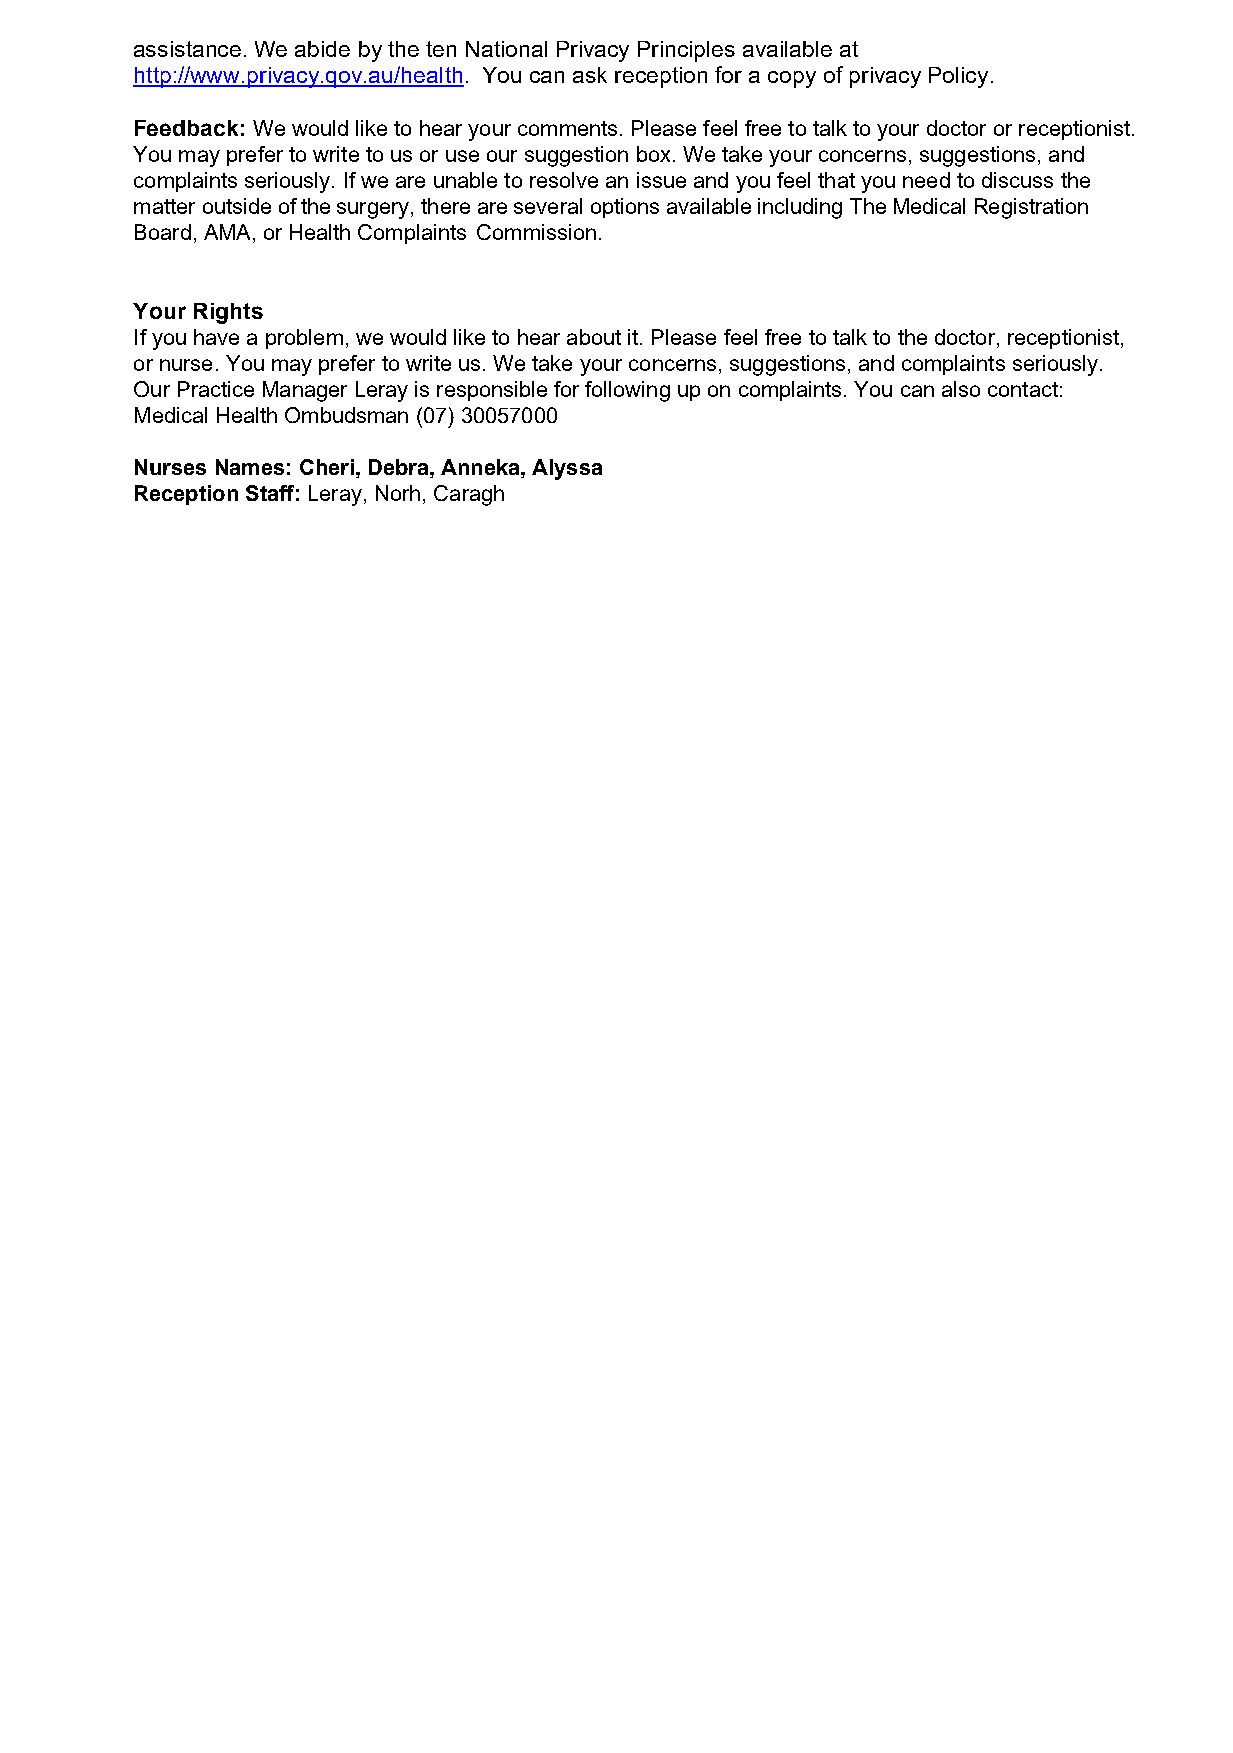
assistance. We abide by the ten National Privacy Principles available at
 http://www.privacy.qov.au/health. You can ask reception for a copy of privacy Policy.
 Feedback: We would like to hear your comments. Please feel free to talk to your doctor or receptionist.
 You may prefer to write to us or use our suggestion box. We take your concerns, suggestions, and
 complaints seriously. If we are unable to resolve an issue and you feel that you need to discuss the
 matter outside of the surgery, there are several options available including The Medical Registration
 Board, AMA, or Health Complaints Commission.
 Your Rights
 If you have a problem, we would like to hear about it. Please feel free to talk to the doctor, receptionist,
 or nurse. You may prefer to write us. We take your concerns, suggestions, and complaints seriously.
 Our Practice Manager Leray is responsible for following up on complaints. You can also contact:
 Medical Health Ombudsman (07) 30057000
 Nurses Names: Cheri, Debra, Anneka, Alyssa
 Reception Staff: Leray, Norh, Caragh